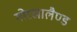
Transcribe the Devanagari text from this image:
गोरखालैण्ड